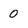
Character: 0